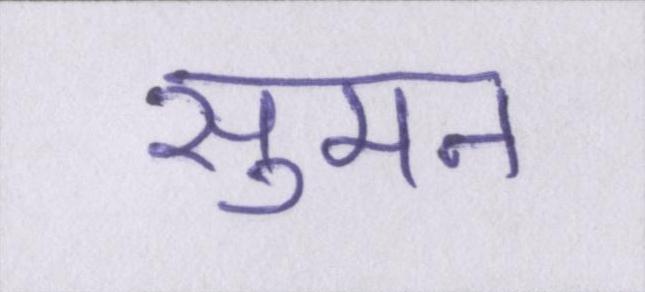
सुमन